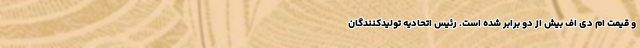
و قیمت ام دی اف بیش از دو برابر شده است. رئیس اتحادیه تولیدکنندگان